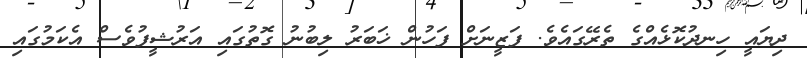
ދިޔައީ ހިނދުކޮޅެއްގެ ތެރޭގައެވެ. ފަޒީނަށް ފަހުން ޚަބަރު ލިބުނު ގޮތުގައި އަރުޝީފުވެސް އެކަމުގައި